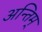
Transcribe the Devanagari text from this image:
अन्तिम्